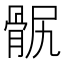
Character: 䯌